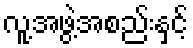
လူ့အဖွဲ့အစည်းနှင့်